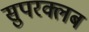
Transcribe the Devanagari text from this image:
सुपरक्लब